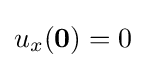
u_{x}(\mathbf {0} )=0